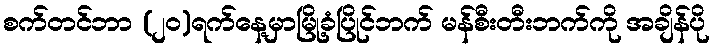
စက်တင်ဘာ (၂၀)ရက်နေ့မှာမြို့ခံပြိုင်ဘက် မန်စီးတီးဘက်ကို အချိန်ပို